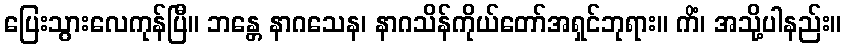
ပြေးသွားလေကုန်ပြီ။ ဘန္တေ နာဂသေန၊ နာဂသိန်ကိုယ်တော်အရှင်ဘုရား။ ကိံ၊ အသို့ပါနည်း။